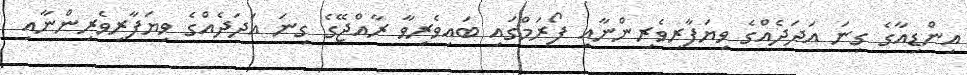
އިންޑިއާގެ ގިނަ އަދަދެއްގެ ވިޔަފާރިވެރިންނާއި ފޯރަމްގައި ބައިވެރިވާ ރާއްޖޭގެ ގިނަ އަދަދެއްގެ ވިޔަފާރިވެރިންނާއި